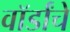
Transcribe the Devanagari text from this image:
वॉर्डांचे